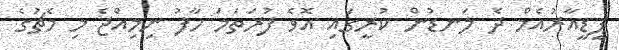
ޕީޑީއާރުއެމް ދެ ލަނޑުން ކުރީގައި އޮވެ ފުރަތަމަ ހާފު ނިމިއްޖެ މި މެޗުގެ